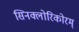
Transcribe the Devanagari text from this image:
सिनक्लोरिकोरम्